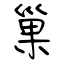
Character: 巢